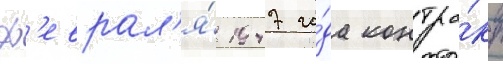
ф'еврал'я́ 1947 го́да контра́кт